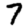
Digit: 7